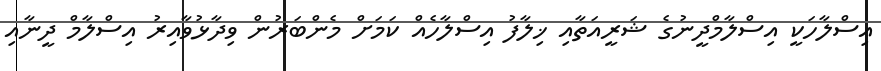
އިސްލާހަކީ އިސްލާމްދީނުގެ ޝަރީއަތާއި ޚިލާފު އިސްލާހެއް ކަމަށް މެންބަރުން ވިދާޅުވާއިރު އިސްލާމް ދީނާއި